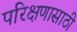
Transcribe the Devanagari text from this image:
परिक्षणासाठी